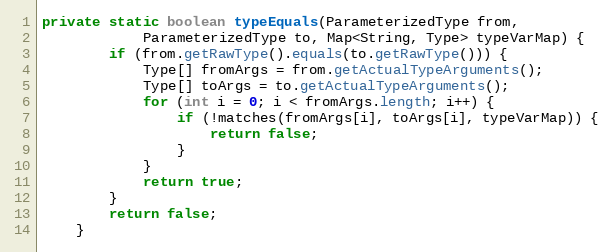
Language: Java
private static boolean typeEquals(ParameterizedType from,
			ParameterizedType to, Map<String, Type> typeVarMap) {
		if (from.getRawType().equals(to.getRawType())) {
			Type[] fromArgs = from.getActualTypeArguments();
			Type[] toArgs = to.getActualTypeArguments();
			for (int i = 0; i < fromArgs.length; i++) {
				if (!matches(fromArgs[i], toArgs[i], typeVarMap)) {
					return false;
				}
			}
			return true;
		}
		return false;
	}